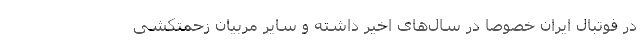
در فوتبال ایران خصوصاً در سال‌های اخیر داشته و سایر مربیان زحمتکشی